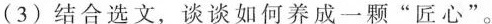
（3）结合选文，谈谈如何养成一颗”匠心”。